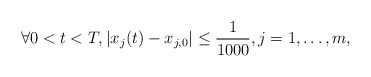
\begin{align*}\forall 0<t<T, |x_{j}(t)-x_{j,0}|\leq \frac{1}{1000}, j=1,\dots, m,\end{align*}